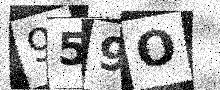
Text: 959O